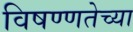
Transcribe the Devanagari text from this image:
विषण्णतेच्या